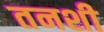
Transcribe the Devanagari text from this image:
तनशी